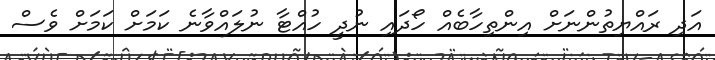
އަދި ރައްޔިތުންނަށް އިންތިހާބެއް ހޯދައި ނުދީ ހުއްޓާ ނުލައްވާނެ ކަމަށް ކަމަށް ވެސް